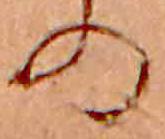
の